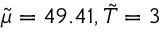
\tilde { \mu } = 4 9 . 4 1 , \tilde { T } = 3